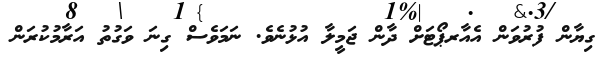
ގިޔާން ފުރުވަން އެއާރޕޯޓަށް ދާން ޖަމީލާ އުޅުނެވެ. ނަމަވެސް ގިނަ ވަގުތު އަރާމުކުރަން